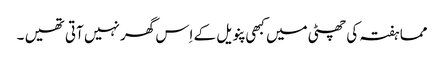
مما ہفتہ کی چھٹی میں کبھی پنویل کے اِس گھر نہیں آتی تھیں ۔